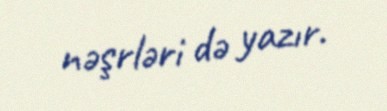
nəşrləri də yazır.